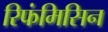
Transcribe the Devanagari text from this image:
रिफंमिसिन